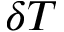
\delta T